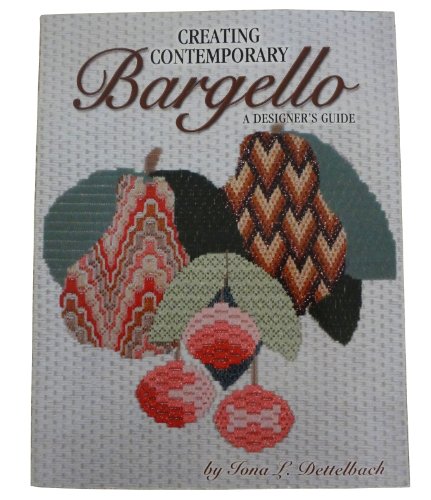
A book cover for Creating Contemporary Bargello: A Designers Guide; Iona L. Dettelbach; Crafts, Hobbies & Home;